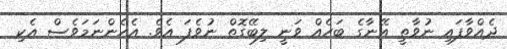
ދެއްވާފައި ނުވާތީ އޭނާގެ ބަހެއް ވަނީ ލިބޭގޮތް ނުވެފަ އެވެ. އެހެންނަމަވެސް އެކި